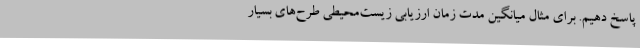
پاسخ دهیم. برای مثال میانگین مدت زمان ارزیابی زیست‌محیطی طرح‌های بسیار